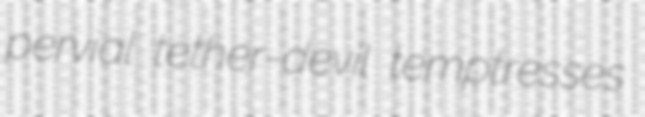
pervial tether-devil temptresses